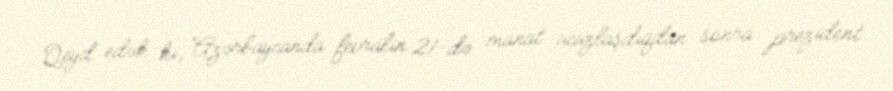
Qeyd edək ki, Azərbaycanda fevralın 21-də manat ucuzlaşdıqdan sonra prezident